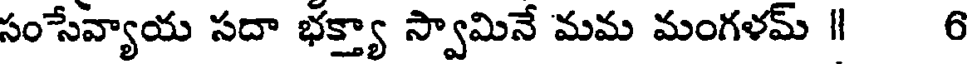
సంసేవ్యాయ సదా భక్త్యా స్వామినే మమ మంగళమ్ ॥ 6